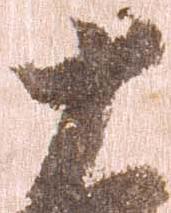
十